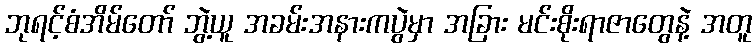
ဘုရင့်စံအိမ်တော် ဘွဲ့ယူ အခမ်းအနားကပွဲမှာ အခြား မင်းစိုးရာဇာတွေနဲ့ အတူ